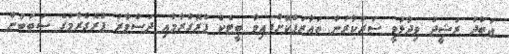
ޢަބްދު ރަޝީދު ވިދާޅުވީ ސަރުކާރުން ތަޢާރަފްކޮށްފައިވާ ބީޓެކް ޕްރޮގްރާމާއި ދަސްވާރު ޕްރޮގްރާމުގެ ސަބަބުން